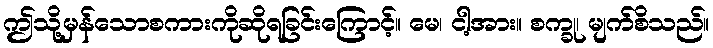
ဤသို့မှန်သောစကားကိုဆိုရခြင်းကြောင့်။ မေ၊ ငါ့အား။ စက္ခု၊ မျက်စိသည်။